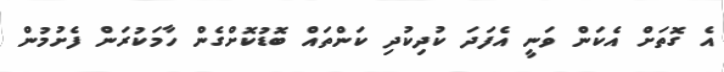
އެ ގޮތަށް އެކަން ވަނީ އެފަދަ ކުދިކުދި ކަންތައް ބޮޑުކޮށްގެން ހާމަކުރަން ފެށުމުން